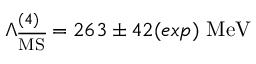
\Lambda _ { \overline { { \mathrm { M S } } } } ^ { ( 4 ) } = 2 6 3 \pm 4 2 ( e x p ) \ \mathrm { M e V }